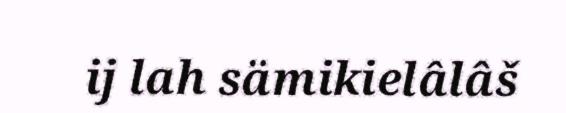
ij lah sämikielâlâš